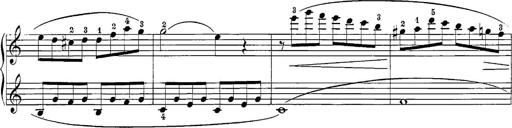
Title: 12 Sonatine per Pianoforte
Composer: Friedrich Kuhlau